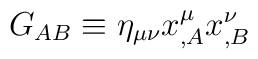
G_{AB}\equiv \eta_{\mu\nu}x^\mu_{,A}x^\nu_{,B}